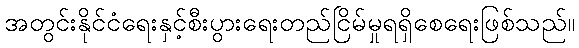
အတွင်းနိုင်ငံရေးနှင့်စီးပွားရေးတည်ငြိမ်မှုရရှိစေရေးဖြစ်သည်။